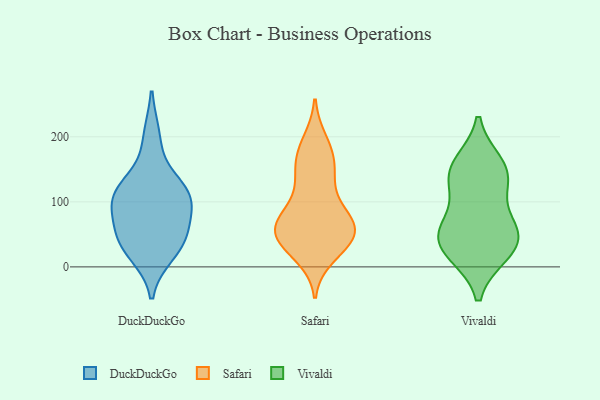
{"axis": {"x": "Inventory Turnover", "y": "Value"}, "legend": ["DuckDuckGo", "Safari", "Vivaldi"], "data": [{"x": "", "y": 118, "type": "DuckDuckGo"}, {"x": "", "y": 22, "type": "DuckDuckGo"}, {"x": "", "y": 44, "type": "DuckDuckGo"}, {"x": "", "y": 49, "type": "DuckDuckGo"}, {"x": "", "y": 113, "type": "DuckDuckGo"}, {"x": "", "y": 39, "type": "DuckDuckGo"}, {"x": "", "y": 117, "type": "DuckDuckGo"}, {"x": "", "y": 101, "type": "DuckDuckGo"}, {"x": "", "y": 199, "type": "DuckDuckGo"}, {"x": "", "y": 91, "type": "DuckDuckGo"}, {"x": "", "y": 29, "type": "Safari"}, {"x": "", "y": 55, "type": "Safari"}, {"x": "", "y": 45, "type": "Safari"}, {"x": "", "y": 133, "type": "Safari"}, {"x": "", "y": 17, "type": "Safari"}, {"x": "", "y": 53, "type": "Safari"}, {"x": "", "y": 58, "type": "Safari"}, {"x": "", "y": 150, "type": "Safari"}, {"x": "", "y": 169, "type": "Safari"}, {"x": "", "y": 75, "type": "Safari"}, {"x": "", "y": 74, "type": "Safari"}, {"x": "", "y": 193, "type": "Safari"}, {"x": "", "y": 154, "type": "Safari"}, {"x": "", "y": 33, "type": "Safari"}, {"x": "", "y": 65, "type": "Safari"}, {"x": "", "y": 67, "type": "Safari"}, {"x": "", "y": 116, "type": "Safari"}, {"x": "", "y": 185, "type": "Safari"}, {"x": "", "y": 82, "type": "Safari"}, {"x": "", "y": 39, "type": "Safari"}, {"x": "", "y": 135, "type": "Vivaldi"}, {"x": "", "y": 21, "type": "Vivaldi"}, {"x": "", "y": 158, "type": "Vivaldi"}, {"x": "", "y": 21, "type": "Vivaldi"}, {"x": "", "y": 151, "type": "Vivaldi"}, {"x": "", "y": 45, "type": "Vivaldi"}, {"x": "", "y": 58, "type": "Vivaldi"}, {"x": "", "y": 45, "type": "Vivaldi"}, {"x": "", "y": 67, "type": "Vivaldi"}, {"x": "", "y": 129, "type": "Vivaldi"}]}